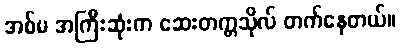
အစ်မ အကြီးဆုံးက ဆေးတက္ကသိုလ် တက်နေတယ်။